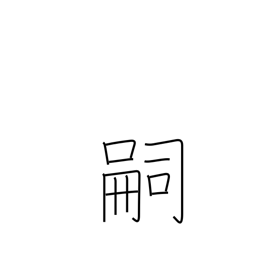
Meaning: heir